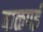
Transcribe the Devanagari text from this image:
वाळपई